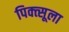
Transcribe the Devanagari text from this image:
पिक्त्सूला